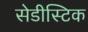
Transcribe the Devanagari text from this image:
सेडीस्टिक